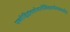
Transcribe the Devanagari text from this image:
एकोद्दिष्टंततोमार्गेविश्रामोयत्रकारितः